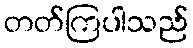
တတ်ကြပါသည်